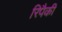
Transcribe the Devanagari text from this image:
रिपैकी